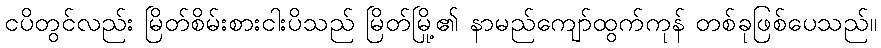
ငပိတွင်လည်း မြိတ်စိမ်းစားငါးပိသည် မြိတ်မြို့၏ နာမည်ကျော်ထွက်ကုန် တစ်ခုဖြစ်ပေသည်။